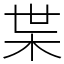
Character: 枼